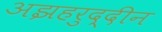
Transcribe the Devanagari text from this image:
अझहरुद्दीन